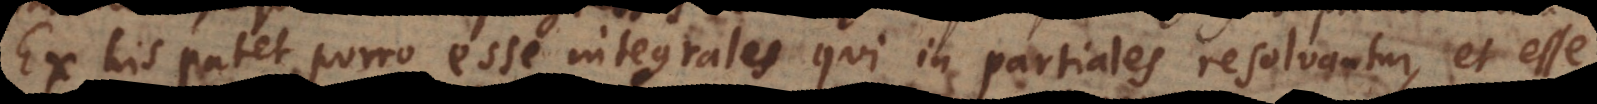
Ex his patet porro esse integrales qui in partiales resolvantur, et ess